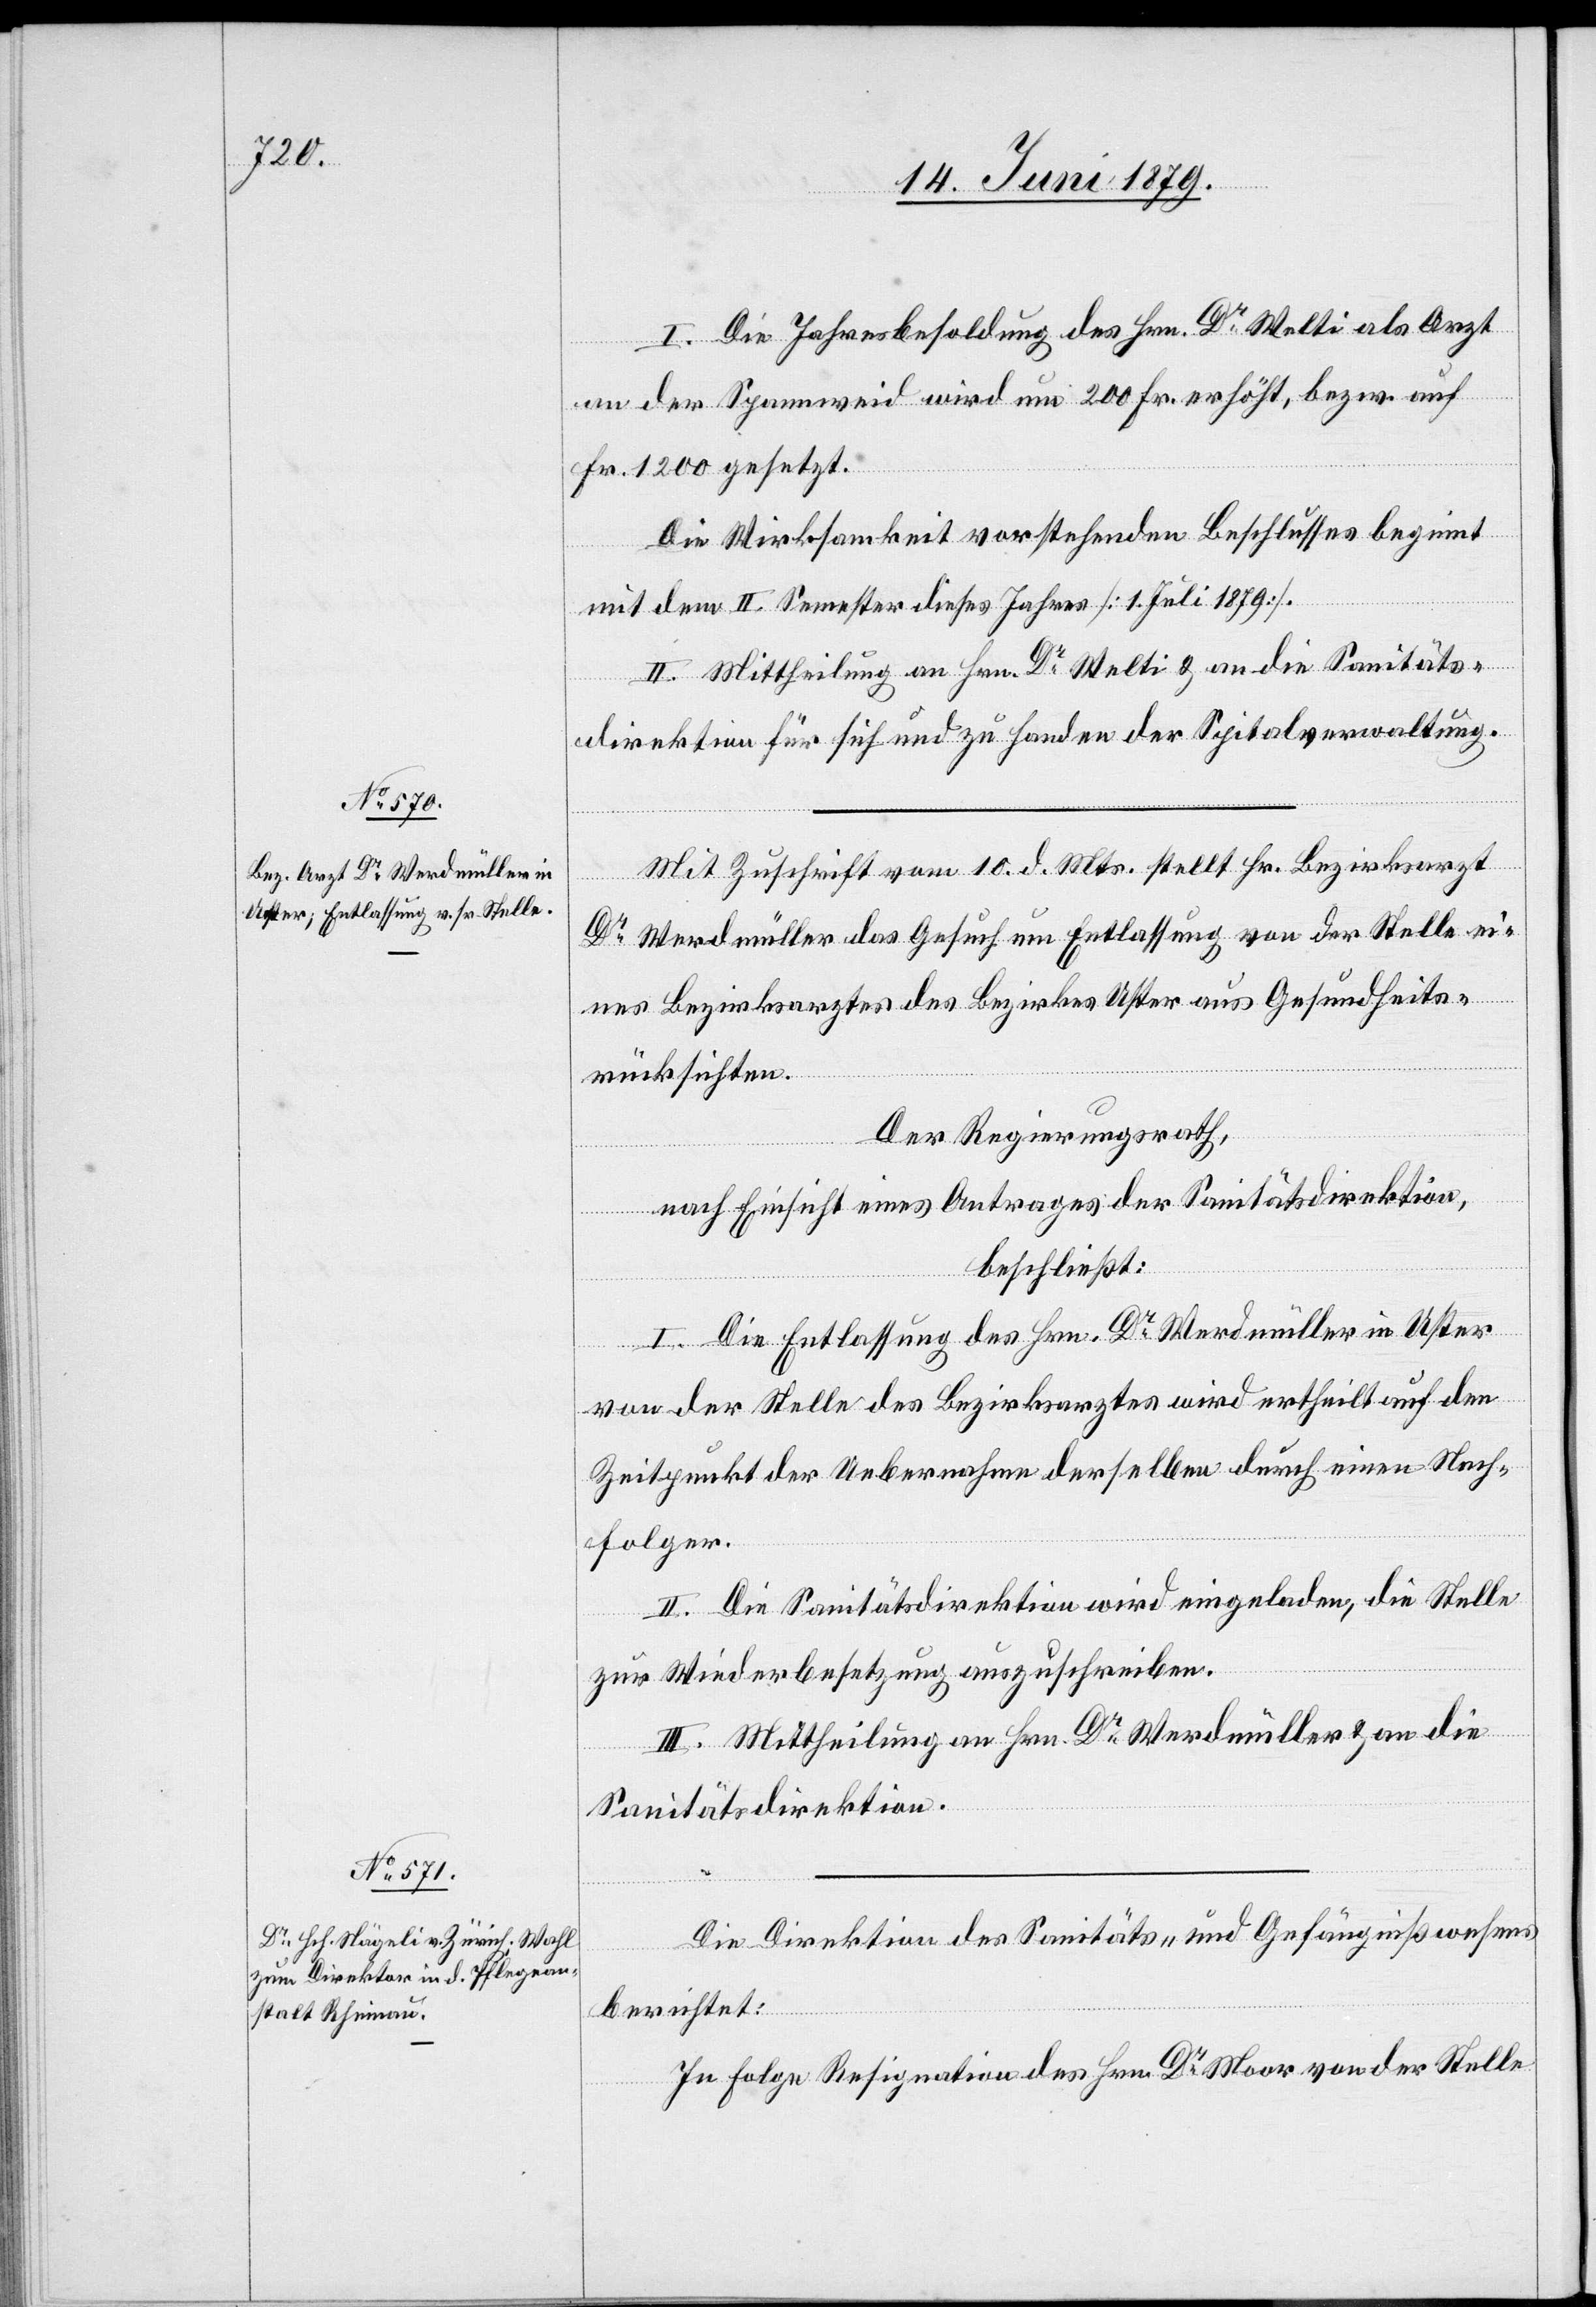
I. Die Jahresbesoldung des Hrn. Dr Welti als Arzt
an der Spannweid wird um 200 Fr. erhöht, bezw. auf
Fr. 1200 gesetzt.
Die Wirksamkeit vorstehenden Beschlusses beginnt
mit dem II. Semester dieses Jahres [1. Juli 1879].
II. Mittheilung an Hrn. Dr Welti & an die Sanitäts¬
direktion für sich und zu Handen der Spitalverwaltung.
Mit Zuschrift vom 10. d. Mts. stellt Hr. Bezirksarzt
Dr Werdmüller das Gesuch um Entlassung von der Stelle ei¬
nes Bezirksarztes des Bezirkes Uster aus Gesundheits¬
rücksichten.
Der Regierungsrath,
nach Einsicht eines Antrages der Sanitätsdirektion,
beschließt:
I. Die Entlassung des Hrn. Dr Werdmüller in Uster
von der Stelle des Bezirksarztes wird ertheilt auf den
Zeitpunkt der Uebernahme derselben durch einen Nach¬
folger.
II. Die Sanitätsdirektion wird eingeladen, die Stelle
zur Wiederbesetzung auszuschreiben.
III. Mittheilung an Hrn. Dr Werdmüller & an die
Sanitätsdirektion.
Die Direktion des Sanitäts- und Gefängnißwesens
berichtet:
In Folge Resignation des Hrn. Dr Moor von der Stelle